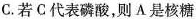
C.若C代表磷酸，则A是核糖